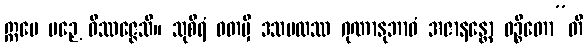
ဣမေ ပဉှေ ဝိဿဇ္ဇေသိ။ သုစိရံ ဝတမှိ ဒသဗလဿ ဂုဏာနုဘာဝံ အဇာနန္တော ဝဉ္စိတော”တိ